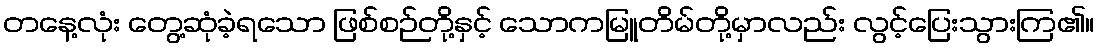
တနေ့လုံး တွေ့ဆုံခဲ့ရသော ဖြစ်စဉ်တို့နှင့် သောကမြူတိမ်တို့မှာလည်း လွင့်ပြေးသွားကြ၏။